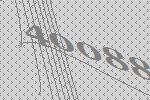
40088